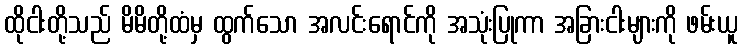
ထိုငါးတို့သည် မိမိတို့ထံမှ ထွက်သော အလင်းရောင်ကို အသုံးပြုကာ အခြားငါးများကို ဖမ်းယူ